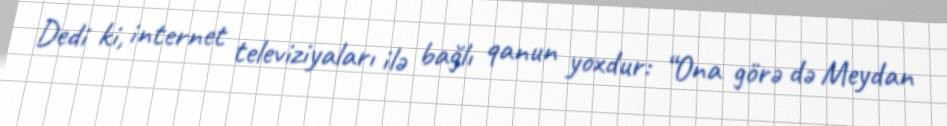
Dedi ki, internet televiziyaları ilə bağlı qanun yoxdur: “Ona görə də Meydan